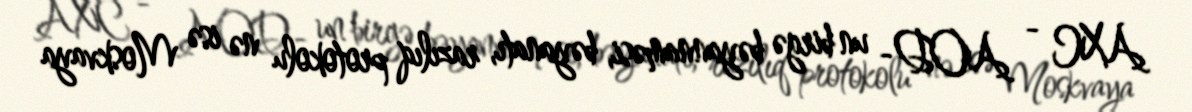
AXC - AOD- un birgə bəyannaməsi, bəyanatı, razılıq protokolu nə isə Moskvaya